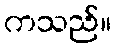
ကသည်။